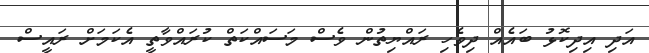
އަދި އިދިކޮޅު ބައެއް ދިވެހި ރައްޔިތުން ވެސް މަސައްކަތް ކުރައްވާތީ އެކަމަށް ރައީސް